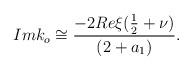
LaTeX: \begin{align*}Imk_o\cong\frac{-2Re\xi(\frac{1}{2}+\nu)}{(2+a_1)}.\end{align*}